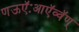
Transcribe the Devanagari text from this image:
णऊऍःआऍव्वॅण्